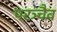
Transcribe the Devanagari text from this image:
परञ्चैव